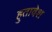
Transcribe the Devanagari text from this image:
हुतावेश